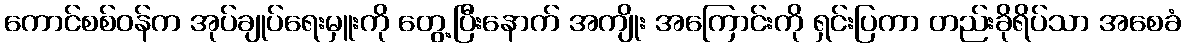
ကောင်စစ်ဝန်က အုပ်ချုပ်ရေးမှူးကို တွေ့ပြီးနောက် အကျိုး အကြောင်းကို ရှင်းပြကာ တည်းခိုရိပ်သာ အစေခံ